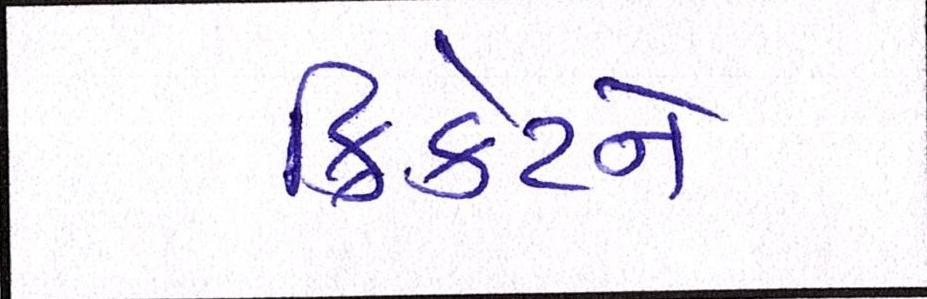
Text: ક્રિકેટને